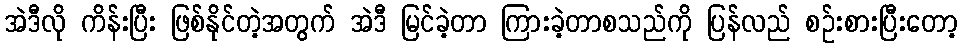
အဲဒီလို ကိန်းပြီး ဖြစ်နိုင်တဲ့အတွက် အဲဒီ မြင်ခဲ့တာ ကြားခဲ့တာစသည်ကို ပြန်လည် စဉ်းစားပြီးတော့